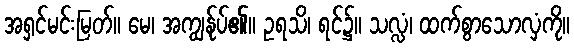
အရှင်မင်းမြတ်။ မေ၊ အကျွန်ုပ်၏။ ဥရသိ၊ ရင်၌။ သလ္လံ၊ ထက်စွာသောလှံကို။